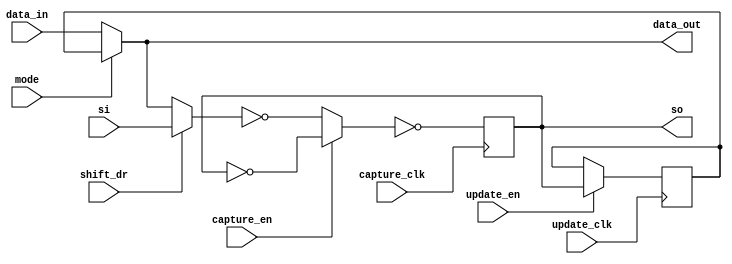

//-------------------------------------------------------------------------------------------------
//
// Title       : DW_bc_2
// Design      : Boundary Scan Cell Type BC_2
//
//-------------------------------------------------------------------------------------------------
// Description : DW_bc_2 is a boundary scan cell that can be used as a system input cell or as an 
// output cell. The DW_bc_2 cell may be synchronous or asynchronous with respect to tck (Test Clock
// system pin), depending on the port connections.
//-------------------------------------------------------------------------------------------------			
module DW_bc_2 ( 
         capture_clk,  //Clocks data into the capture stage
         update_clk,   //Clocks data into the update stage
         capture_en,   //Enable for data clocked into the capture stage, active low
         update_en,    //Enable for data clocked into the update stage, active high
         shift_dr,     //Enables the boundary scan chain to shift data one stage
                       //toward its serial output (tdo)
         mode,         //Determines whether data_out is controlled by the
                       //boundary scan cell or by the data_in signal
         si,           //Serial path from the previous boundary scan cell
         data_in,      //Input data
         data_out,     //output data
         so            //Serial path to the next boundary scan cell
)/* synthesis syn_builtin_du = "weak" */;

//Input/output declaration
input   capture_clk;
input   update_clk;
input   capture_en;
input   update_en;
input   shift_dr;
input   mode;
input   si;
input   data_in;
output  data_out;
output  so;

//Singnal declaration
reg     capt_out;
reg     update_out;

wire data_out = mode ? update_out : data_in;
wire update_sig = update_en ? capt_out : update_out;

always @( posedge update_clk )
   update_out <= update_sig;

wire shft_out = shift_dr ? si : data_out;
wire capt_sig =  capture_en ? ~capt_out : ~shft_out;

always @( posedge capture_clk )
   capt_out <= ~capt_sig;

wire so = capt_out;

endmodule